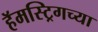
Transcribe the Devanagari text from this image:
हॅमस्ट्रिगच्या